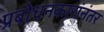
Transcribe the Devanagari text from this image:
प्रबोधनकारांनंतर